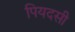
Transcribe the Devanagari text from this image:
पियदसी